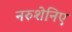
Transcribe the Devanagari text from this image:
नरुशेनिए